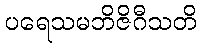
ပရေသမဘိဇိဂီသတိ